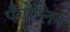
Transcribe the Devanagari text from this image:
पँगोलिन